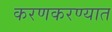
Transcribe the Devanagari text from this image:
करणकरण्यात